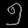
Digit: ၅